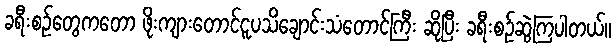
ခရီးစဉ်တွေကတော ဖိုးကျားတောင်ငူပသိချောင်းသံတောင်ကြီး ဆိုပြီး ခရီးစဉ်ဆွဲကြပါတယ်။